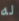
له